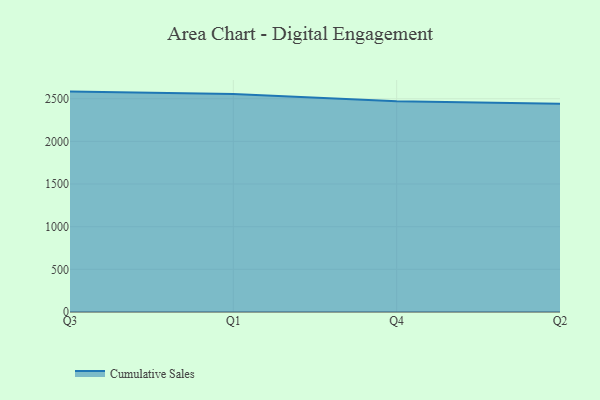
{"axis": {"x": "Quarter", "y": "Gross Profit (USD K)"}, "legend": ["Cumulative Sales"], "data": [{"x": "Q3", "y": 2583.4, "type": "Cumulative Sales"}, {"x": "Q1", "y": 2554.9, "type": "Cumulative Sales"}, {"x": "Q4", "y": 2470.1, "type": "Cumulative Sales"}, {"x": "Q2", "y": 2442.1, "type": "Cumulative Sales"}]}